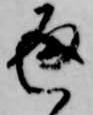
通